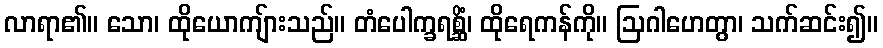
လာရာ၏။ သော၊ ထိုယောကျ်ားသည်။ တံပေါက္ခရစ္ဆိံ၊ ထိုရေကန်ကို။ ဩဂါဟေတွာ၊ သက်ဆင်း၍။